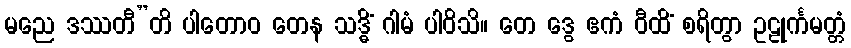
မညေ ဒဿတီ”တိ ပါတောဝ တေန သဒ္ဓိံ ဂါမံ ပါဝိသိ။ တေ ဒွေ ဧကံ ဝီထိံ စရိတွာ ဥဠုင်္ကမတ္တံ